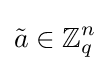
{\tilde {a}}\in \mathbb {Z} _{q}^{n}